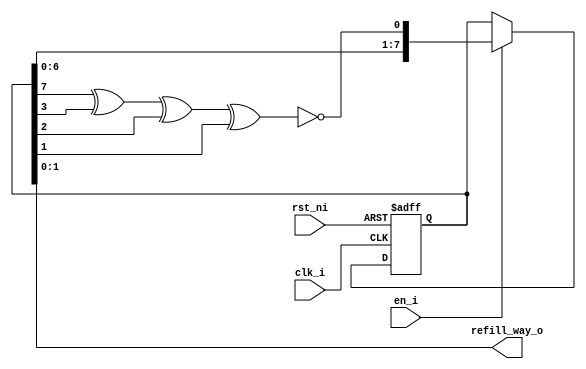
module icache_lfsr (
	clk_i,
	rst_ni,
	en_i,
	refill_way_o
);
	input wire clk_i;
	input wire rst_ni;
	input wire en_i;
	localparam [31:0] drac_icache_pkg_ICACHE_N_WAY = 4;
	output reg [1:0] refill_way_o;
	reg [7:0] shift_d;
	reg [7:0] shift_q;
	always @(*) begin : sv2v_autoblock_1
		reg shift_in;
		shift_in = !(((shift_q[7] ^ shift_q[3]) ^ shift_q[2]) ^ shift_q[1]);
		shift_d = shift_q;
		if (en_i)
			shift_d = {shift_q[6:0], shift_in};
		refill_way_o = shift_q[1:0];
	end
	always @(posedge clk_i or negedge rst_ni) begin : proc_
		if (!rst_ni)
			shift_q <= 1'sb0;
		else
			shift_q <= shift_d;
	end
endmodule